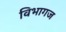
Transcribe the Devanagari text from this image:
विभागज